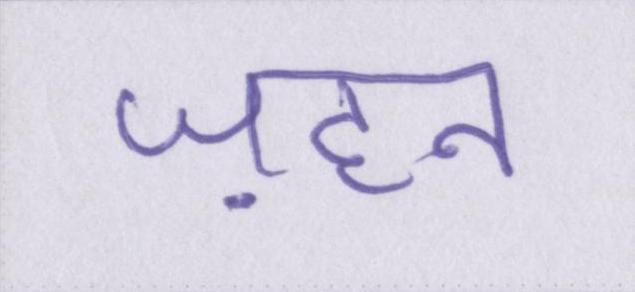
ज़हन